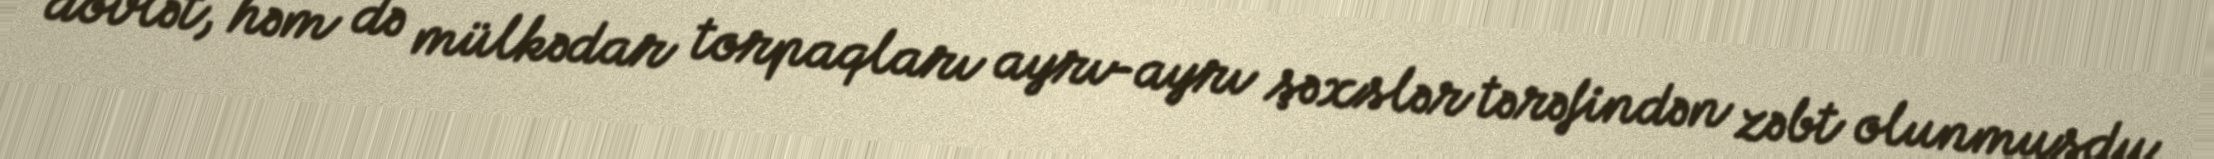
dövlət, həm də mülkədar torpaqları ayrı-ayrı şəxslər tərəfindən zəbt olunmuşdu.